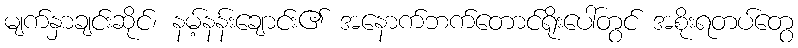
မျက်နှာချင်းဆိုင်၊ နမ့်နန်းချောင်း၏ အနောက်ဘက်တောင်ရိုးပေါ်တွင် အစိုးရတပ်တွေ